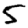
Digit: 5